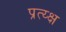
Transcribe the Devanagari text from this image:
प्रत्य्क्ष